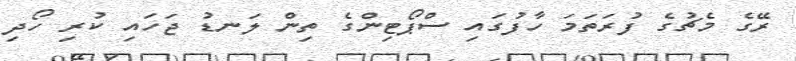
ރޭގެ މެޗުގެ ފުރަތަމަ ހާފުގައި ސްޕޯޓިންގެ ތިން ލަނޑު ޖަހައި ކުރި ހޯދި